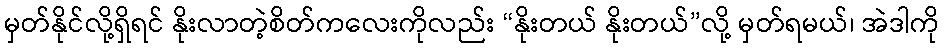
မှတ်နိုင်လို့ရှိရင် နိုးလာတဲ့စိတ်ကလေးကိုလည်း “နိုးတယ် နိုးတယ်”လို့ မှတ်ရမယ်၊ အဲဒါကို